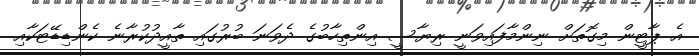
އެ ޕާޓީން މިގޮތަށް ނިންމާފައިވަނީ ރިޔާސީ އިންތިހާބުގެ ދެވަނަ ބުރުގައި ތާއީދުކުރާނެ ކެންޑިޑޭޓަކާއި